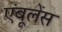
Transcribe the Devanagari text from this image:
एंबूलेंस